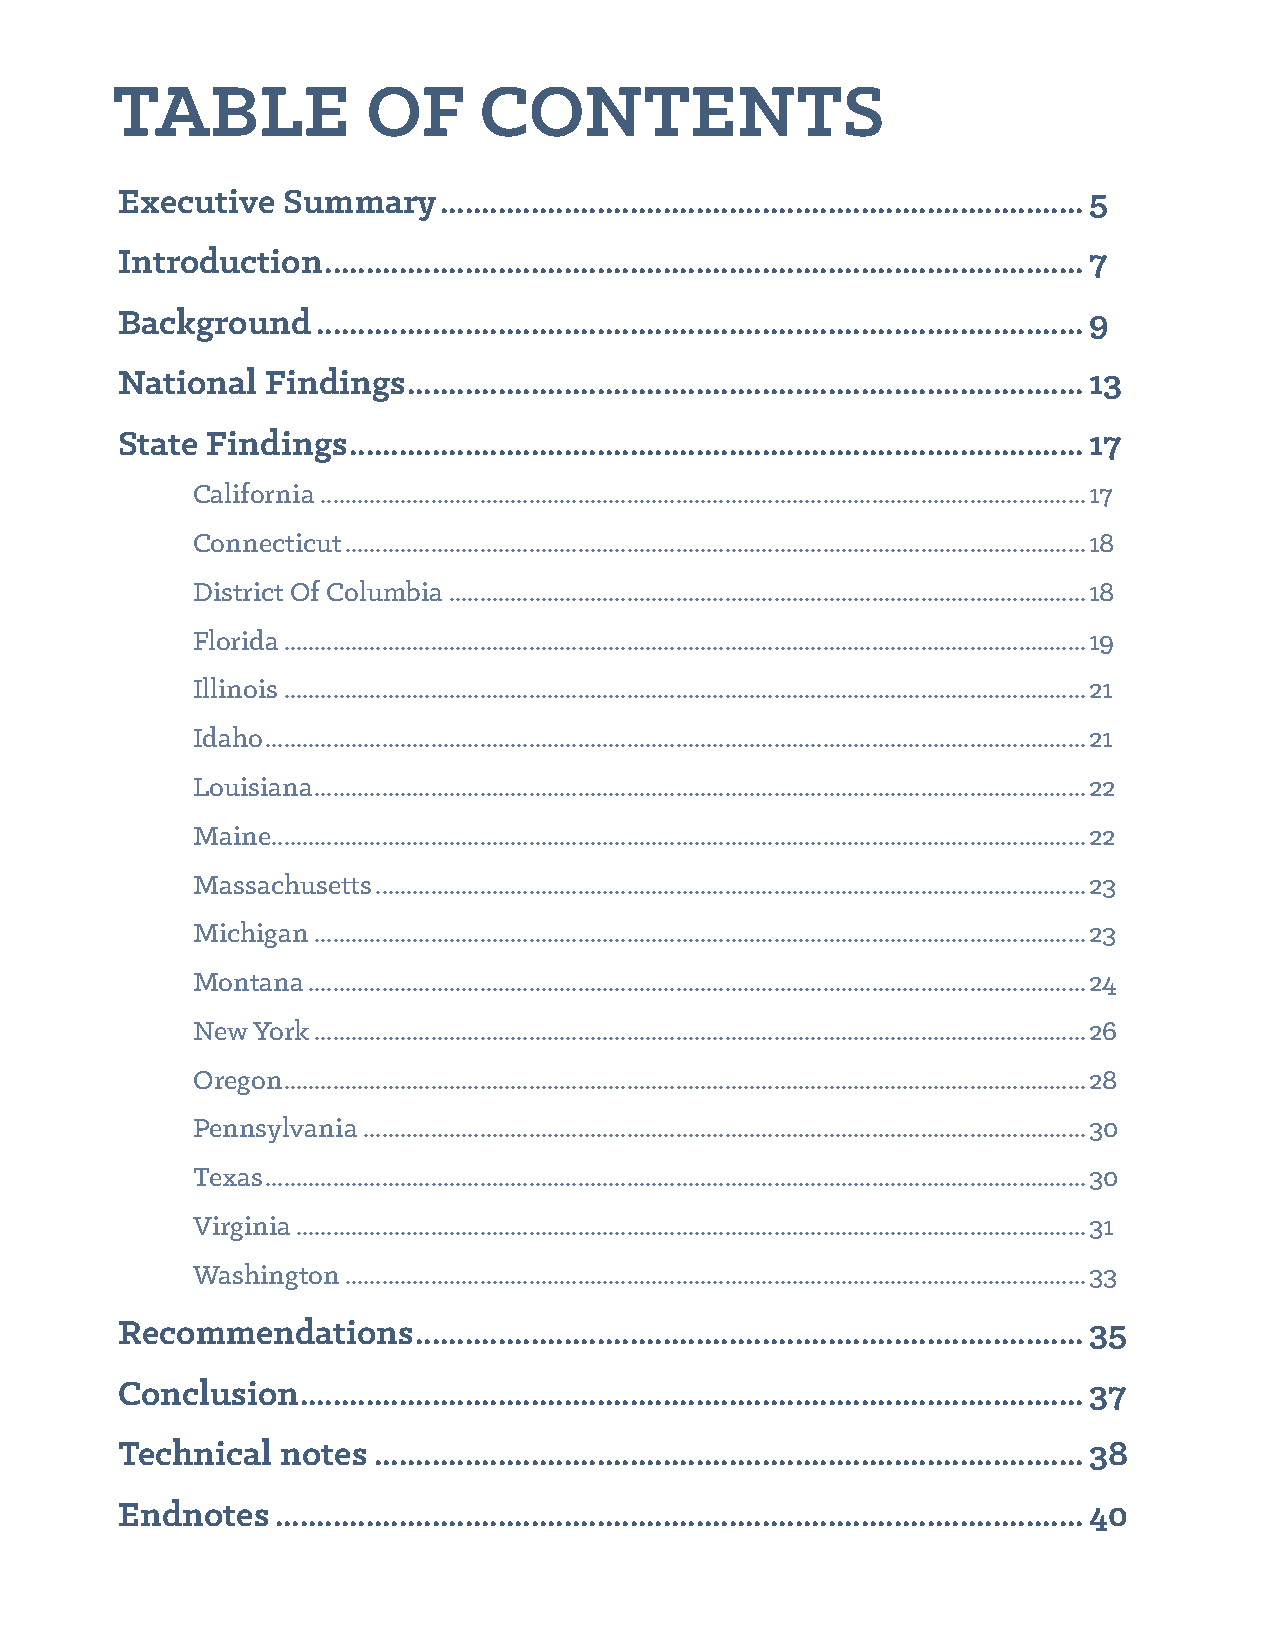
TABLE            OF      CONTENTS
 Executive  Summary   ..............................................................................5
 Introduction ............................................................................................7
 Background   .............................................................................................9
 National  Findings ..................................................................................13
 State Findings .........................................................................................17
 California .............................................................................................................................17
 Connecticut .........................................................................................................................18
 District Of Columbia ........................................................................................................18
 Florida ...................................................................................................................................19
 Illinois ...................................................................................................................................21
 Idaho ......................................................................................................................................21
 Louisiana ..............................................................................................................................22
 Maine.....................................................................................................................................22
 Massachusetts ....................................................................................................................23
 Michigan ..............................................................................................................................23
 Montana ...............................................................................................................................24
 New York ..............................................................................................................................26
 Oregon ...................................................................................................................................28
 Pennsylvania ......................................................................................................................30
 Texas ......................................................................................................................................30
 Virginia .................................................................................................................................31
 Washington .........................................................................................................................33
 Recommendations    .................................................................................35
 Conclusion  ...............................................................................................37
 Technical  notes ......................................................................................38
 Endnotes  ..................................................................................................40